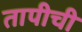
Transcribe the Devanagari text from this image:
तापीची